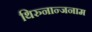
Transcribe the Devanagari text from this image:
थिरुनान्जनाम